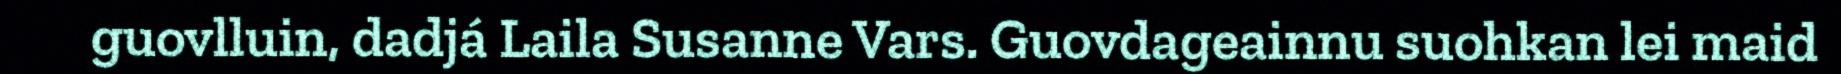
guovlluin, dadjá Laila Susanne Vars. Guovdageainnu suohkan lei maid